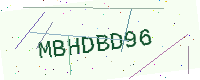
Text: MBHDBD96